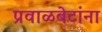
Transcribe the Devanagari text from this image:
प्रवाळबेटांना